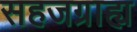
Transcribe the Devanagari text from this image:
सहजग्राह्य